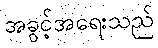
အခွင့်အရေးသည်